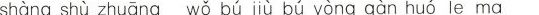
shàng shù zhuāng wǒ bú jiù bú yòng gàn huó le ma